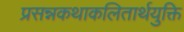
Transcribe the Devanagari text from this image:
प्रसन्नकथाकलितार्थयुक्ति